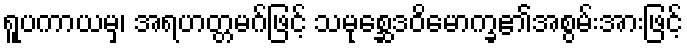
ရူပကာယမှ၊ အရဟတ္တမဂ်ဖြင့် သမုစ္ဆေဒဝိမောက္ခ၏အစွမ်းအားဖြင့်